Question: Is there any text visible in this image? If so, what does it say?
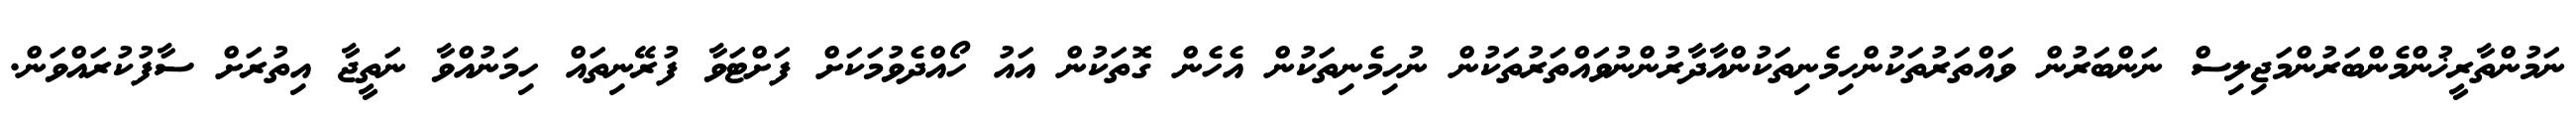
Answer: ނަމުންތާރީޚުންމެންބަރުންމަޖިލިސް ނަންބަރުން ވައްތަރުތަކުންހިމެނިތަކުންއާދާރުންނުވައްތަރުތަކުން ނުހިމެނިތަކުން އެހެން ގޮތަކުން އައު ހޯއްދެވުމަކަށް ފަށްޓަވާ ފުރޭނިތައް ހިމަނުއްވާ ނަތީޖާ އިތުރަށް ސާފުކުރައްވަން.